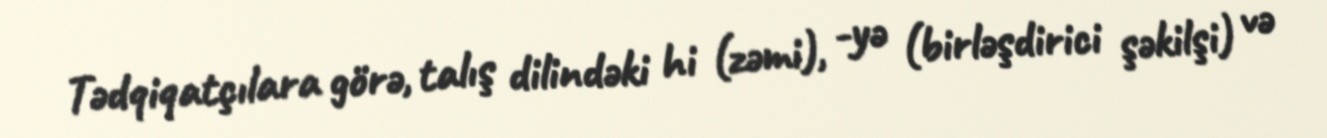
Tədqiqatçılara görə, talış dilindəki hi (zəmi), -yə (birləşdirici şəkilşi) və